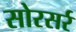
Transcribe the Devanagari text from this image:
सोरसर्र